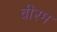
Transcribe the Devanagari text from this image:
वीरम